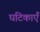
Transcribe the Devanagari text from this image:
घटिकाएँ